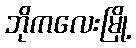
ဘိုကလေးမြို့